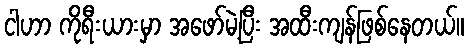
ငါဟာ ကိုရီးယားမှာ အဖော်မဲ့ပြီး အထီးကျန်ဖြစ်နေတယ်။